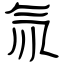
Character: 氚